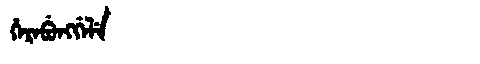
Manchu: ᡥᡝᡵᡝᠪᡠᠩᡤᡝᠯᡝ
Romanization: HEREBUNGGELE